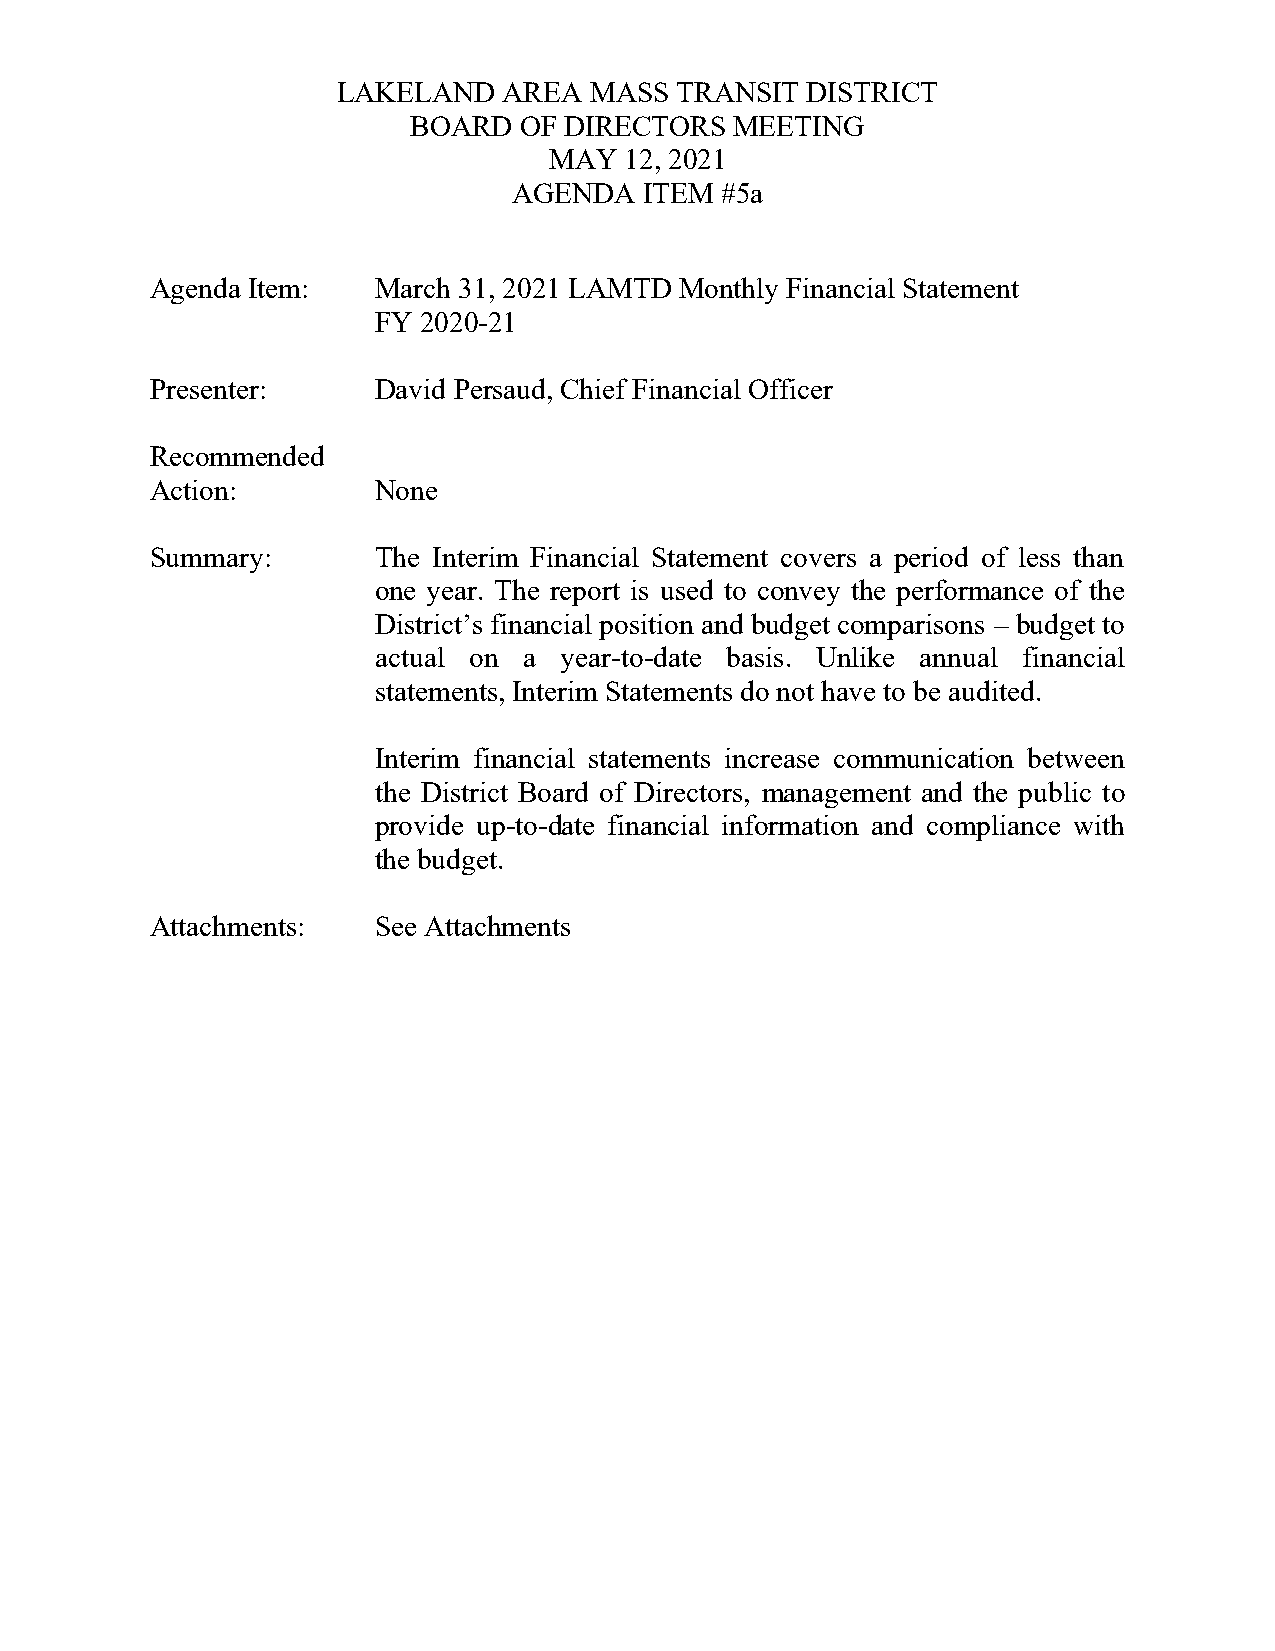
LAKELAND   AREA  MASS  TRANSIT DISTRICT
 BOARD  OF DIRECTORS   MEETING
 MAY  12, 2021
 AGENDA   ITEM #5a
 Agenda Item:   March 31, 2021 LAMTD Monthly Financial Statement
 FY 2020-21
 Presenter:     David Persaud, Chief Financial Officer
 Recommended
 Action:        None
 Summary:       The Interim Financial Statement covers a period of less than
 one year. The report is used to convey the performance of the
 District’s financial position and budget comparisons – budget to
 actual on a year-to-date basis. Unlike annual financial
 statements, Interim Statements do not have to be audited.
 Interim financial statements increase communication between
 the District Board of Directors, management and the public to
 provide up-to-date financial information and compliance with
 the budget.
 Attachments:   See Attachments